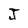
Character: J